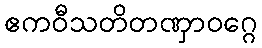
ဧကဝီသတိတဏှာဝဂ္ဂေ